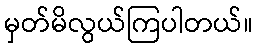
မှတ်မိလွယ်ကြပါတယ်။